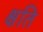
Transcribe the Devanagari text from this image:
क्षति